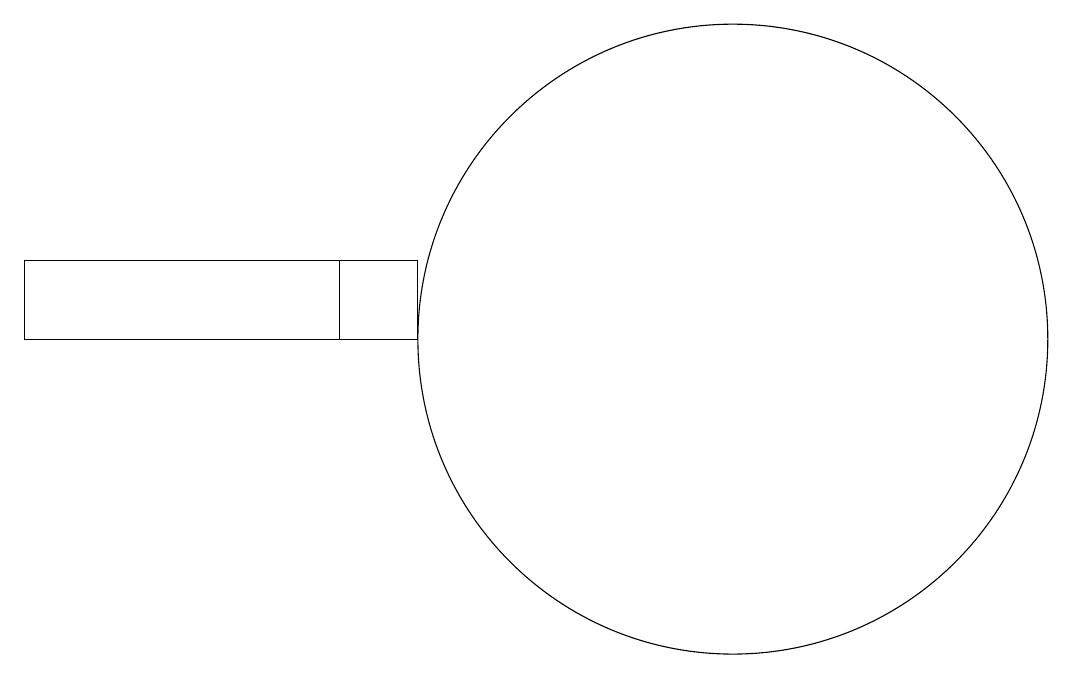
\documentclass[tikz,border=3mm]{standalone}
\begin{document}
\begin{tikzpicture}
\draw (6,11) rectangle (2,10);
\draw (11,10) circle (4);
\draw (7,11) rectangle (6,10);
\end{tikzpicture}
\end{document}